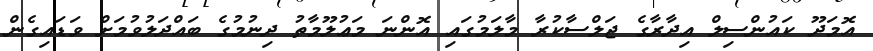
އޮމަދޫ ކައުންސިލް އިދާރާގެ ޖަލްސާކުރާ މާލަމުގައި އޮންނަ މަޢުލޫމާތު ދިނުމުގެ ބައްދަލުވުމަށް ވަޑައިގެން